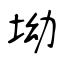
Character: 坳